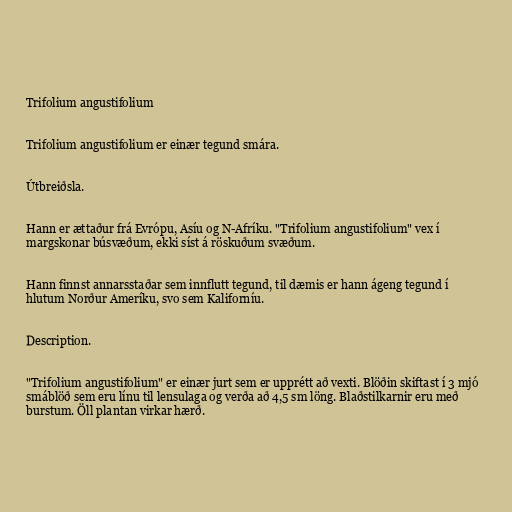
Trifolium angustifolium

Trifolium angustifolium er einær tegund smára.

Útbreiðsla.

Hann er ættaður frá Evrópu, Asíu og N-Afríku. "Trifolium angustifolium" vex í
margskonar búsvæðum, ekki síst á röskuðum svæðum.

Hann finnst annarsstaðar sem innflutt tegund, til dæmis er hann ágeng tegund í
hlutum Norður Ameríku, svo sem Kaliforníu.

Description.

"Trifolium angustifolium" er einær jurt sem er upprétt að vexti. Blöðin skiftast í 3 mjó
smáblöð sem eru línu til lensulaga og verða að 4,5 sm löng. Blaðstilkarnir eru með
burstum. Öll plantan virkar hærð.